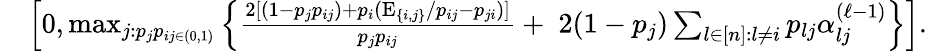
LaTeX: \begin{array}{rl}&{\left[0,\operatorname*{max}_{j:p_{j}p_{ij\in(0,1)}}\left\{ \frac{2[\left(1-p_{j}p_{ij}\right)+p_{i}(\mathrm{E}_{\{ i,j\} }/p_{ij}-p_{ji})]}{p_{j}p_{ij}}+\; 2(1-p_{j})\sum_{l\in[n]:l\neq i}p_{lj}\alpha_{lj}^{(\ell-1)}\right\} \right].}\end{array}